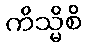
ကိသ္မိစိ